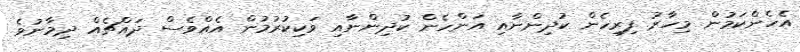
އެހެންކަމުން މިހާރު ފިރިހެން ކުދިންނާއި އަންހެން ކުދިންނާއި ވަކިކުރުމުން އެއްވެސް ދައްޗެއް ދިމާނުވެ